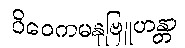
ဝိဝေကမနုဗြူဟန္တာ